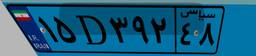
۱۵D۳۹۲۴۸